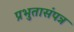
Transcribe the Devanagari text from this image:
प्रभुतासंपन्न